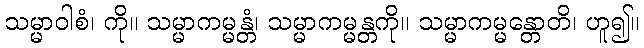
သမ္မာဝါစံ၊ ကို။ သမ္မာကမ္မန္တံ၊ သမ္မာကမ္မန္တကို။ သမ္မာကမ္မန္တောတိ၊ ဟူ၍။